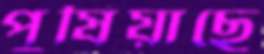
পুষিয়াছে